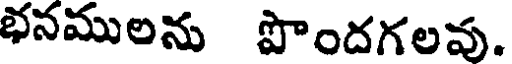
భనములను పొందగలవు.